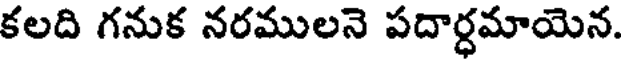
కలది గనుక నరములనె పదార్ధమాయెన.